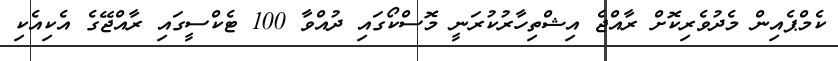
ކެމްޕެއިން މެދުވެރިކޮށް ރާއްޖެ އިޝްތިހާރުކުރަނީ މޮސްކޯގައި ދުއްވާ 100 ޓެކްސީގައި ރާއްޖޭގެ އެކިއެކި